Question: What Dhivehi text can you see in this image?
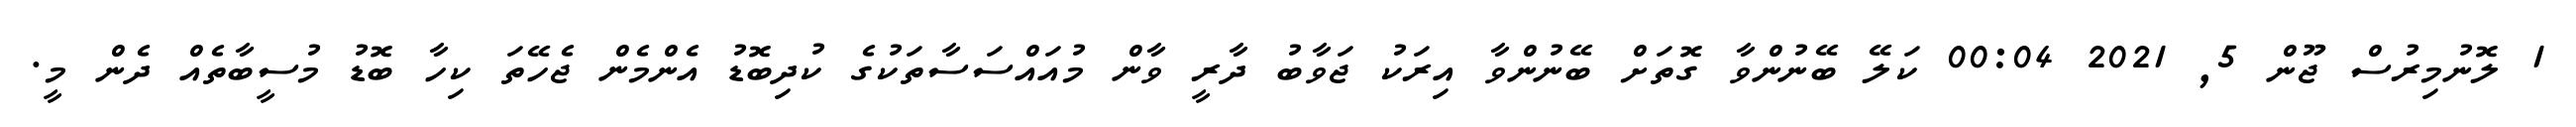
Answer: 1 ލޮނުމިރުސް ޖޫން 5, 2021 00:04 ކަލޭ ބޭނުންވާ ގޮތަށް ބޭނުންވާ އިރަކު ޖަވާބު ދާރީ ވާން މުއައްސަސާތަކުގެ ކުދިބޮޑު އެންމެން ޖެހޭތަ ކިހާ ބޮޑު މުސީބާތެއް ދެން މީ.